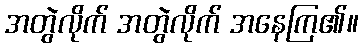
အတွဲလိုက် အတွဲလိုက် အနေကြ၏။